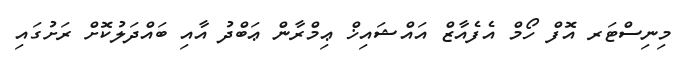
މިނިސްޓަރ އޮފް ހޯމް އެފެއާޒް އައްޝައިޚް ޢިމްރާން ޢަބްދު އާއި ބައްދަލުކޮށް ރަށުގައި